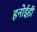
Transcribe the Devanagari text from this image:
हनोईही